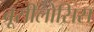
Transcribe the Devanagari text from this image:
ब्रूसीलोसिस